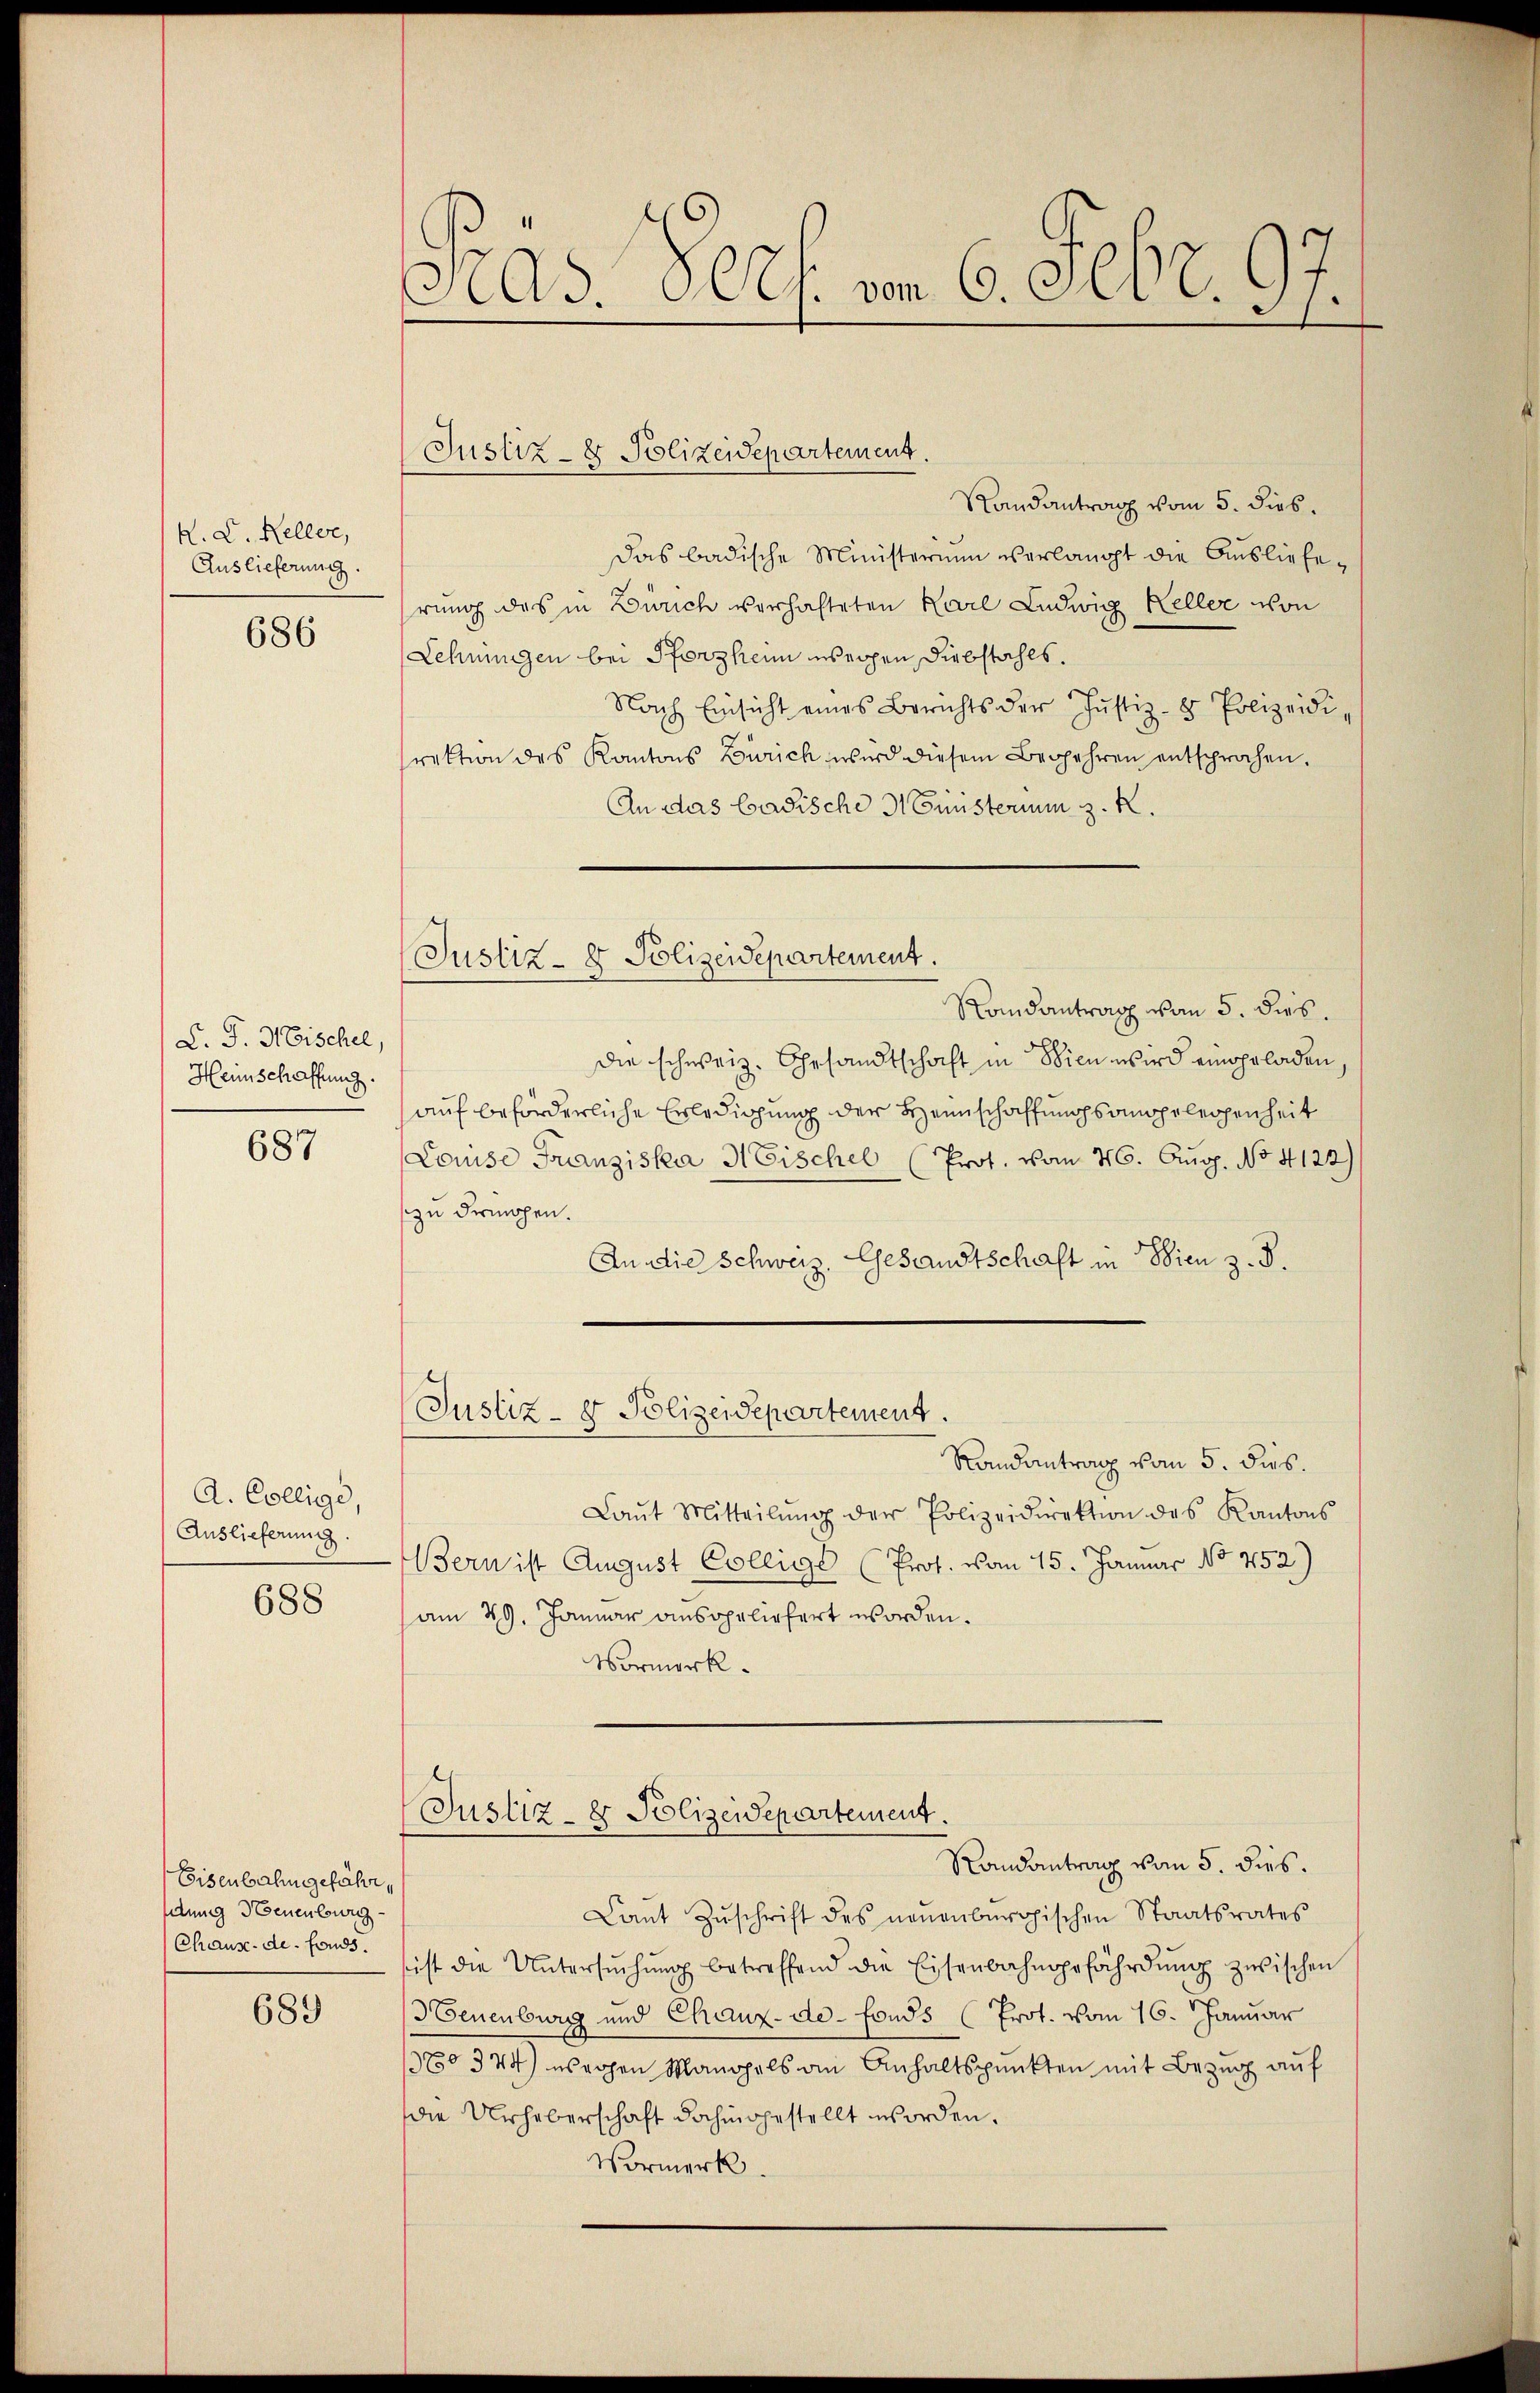
K. D. Keller,
Auslieferung.

686

C. J. Hischel,
Heinschaffung.
687

A. Collige,
Auslieferung.
688

Eisenbahngefähr,
ltung Neuenburg
Chause de fonds.

689

Ad. Ges. von 6. Febr. 17
.

Randantrag vom 5. dies
Das badische Ministerium verlangt die Auslieferung das in Zürich verhalteten Karl Ludwig Keller von
Lehnungen bei Pforzheim weggen, Diebstahls.
Nach Einsicht eines Berichts der Justiz- & Polizeidi-
rektion des Kantons Zürich wird diesem Begehren entsprochen.
An das badische 3 Gunsterium z. R.
Randantrag vom 5. dies
die schweiz. Ehesandtschaft in Wien wird eingeladen,
auf beförderliche Erledigung der Heimschaffungsangelegenheit
Louise Franziska HEischel (Prot. vom 26. Aug. No 4122)
zu dermagen.
An die Schweiz. Gesandtschaft in Wien z. B.
(Justiz- & Polizeidepartement.
Randantrag vom 5. dies.
Laŭt Mitteilŭng der Polizeidirektion des Kantons
Bern ist August Collige (Prot. vom 15. Januar No 452)
am 29. Januar ansopelichert worden.
Vormerk.

Justiz- & Polizeidepartement.

Justiz- & Polizeidepartement.

Justiz- & Polizeidepartement.
Randantrag vom 5. dies.

Laŭt Zŭschrift des neŭenbŭrgischen Staatsrates
sist die Untersŭchŭng betreffend die Eisenbahngefährdŭng zwischen
Neuenburg und Chaux-de-Fonds (Prot. vom 16. Januar
370374) weggen Manchels an Anhaltspunkten mit Bezug auf
die Urheberschaft dahingestellt worden.
Vormerk.